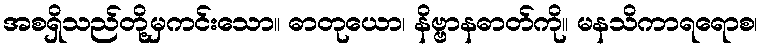
အစရှိသည်တို့မှကင်းသော။ ဓာတုယော၊ နိဗ္ဗာနဓာတ်ကို။ မနသိကာရရောစ၊